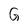
Character: G